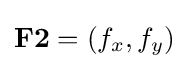
\mathbf {F2} =\left(f_{x},f_{y}\right)